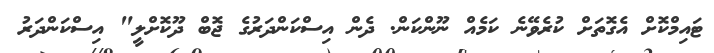
ޓައިމްކޮށް އެގޮތަށް ކުރެވޭނެ ކަމެއް ނޫންކަން. ދެން އިސްކަންދަރުގެ ޖޮބް ދޫކޮށްލީ" އިސްކަންދަރު